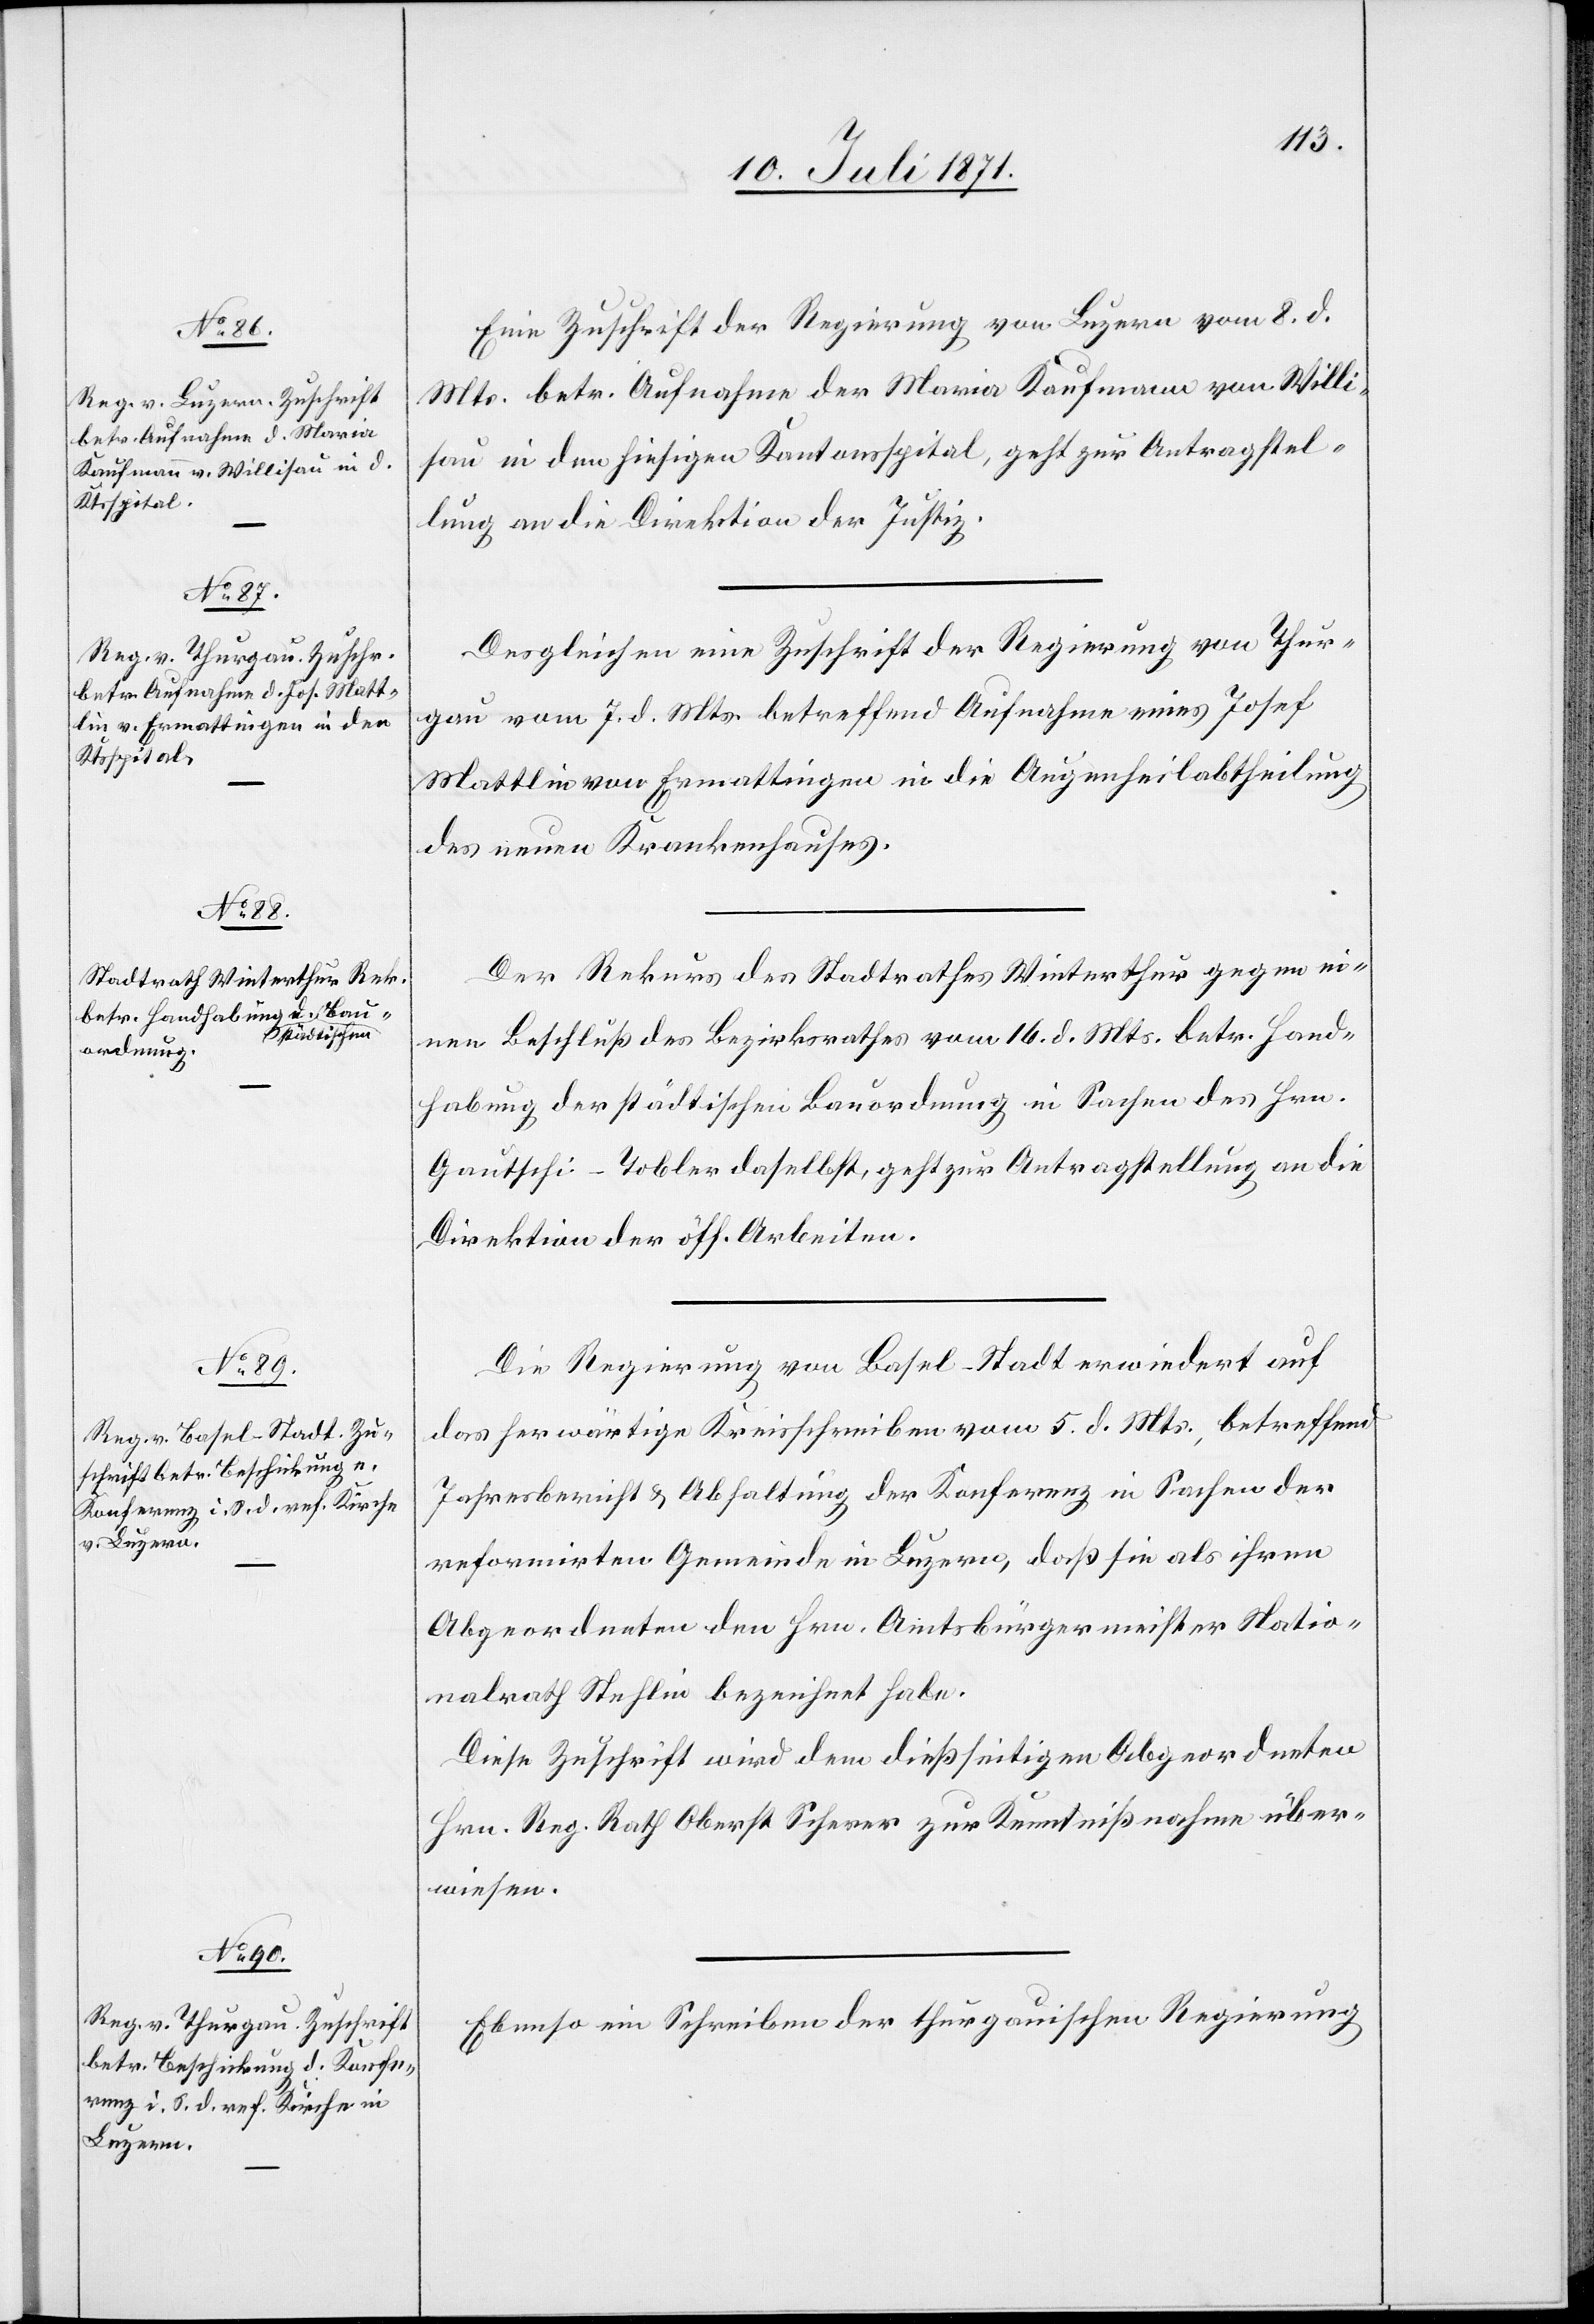
10. Juli 1871.]
Eine Zuschrift der Regierung von Luzern vom 8. d.
Mts. betr. Aufnahme der Maria Kaufmann von Willi¬
sau in den hiesigen Kantonsspital, geht zur Antragstel¬
lung an die Direktion der Justiz.
Desgleichen eine Zuschrift der Regierung von Thur¬
gau vom 7. d. Mts. betreffend Aufnahme eines Josef
Mattlin von Ermattingen in die Augenheilabtheilung
des neuen Krankenhauses.
Der Rekurs des Stadtrathes Winterthur gegen ei¬
nen Beschluß des Bezirksrathes vom 16. d. Mts. betr. Hand¬
habung der städtischen Bauordnung in Sachen des Hrn.
Gautschi-Tobler daselbst, geht zur Antragstellung an die
Direktion der öff. Arbeiten.
Die Regierung von Basel-Stadt erwiedert auf
das herwärtige Kreisschreiben vom 5. d. Mts., betreffend
Jahresbericht u. Abhaltung der Konferenz in Sachen der
reformirten Gemeinde in Luzern, daß sie als ihren
Abgeordneten den Hrn. Amtsbürgermeister Natio¬
nalrath Stehlin bezeichnet habe.
Diese Zuschrift wird dem dießseitigen Abgeordneten
Hrn. Reg. Rath Oberst Scherer zur Kenntnißnahme über¬
wiesen.
Ebenso ein Schreiben der thurgauischen Regierung